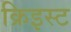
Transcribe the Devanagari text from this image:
क्रिइस्ट